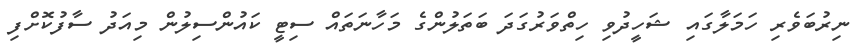
ނިރުބަވެރި ހަމަލާގައި ޝަހީދުވި ހިތްވަރުގަދަ ބަތަލުންގެ މަހާނަތައް ސިޓީ ކައުންސިލުން މިއަދު ސާފުކޮށްފި